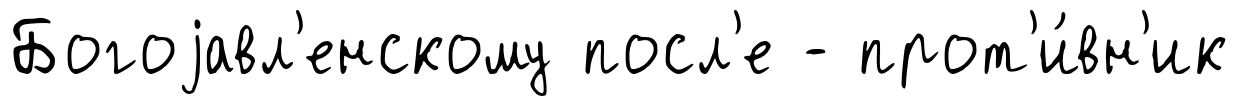
Богоjавл'енскому посл'е - прот'и́вн'ик